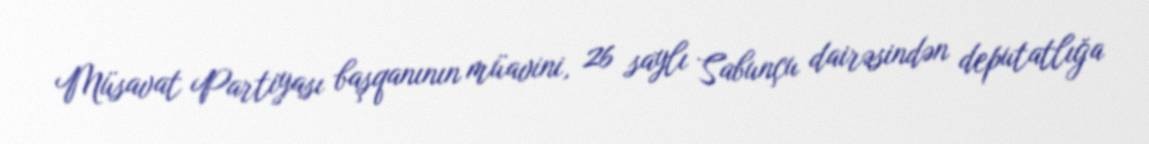
Müsavat Partiyası başqanının müavini, 26 saylı Sabunçu dairəsindən deputatlığa